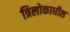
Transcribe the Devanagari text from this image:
त्रिलोकाधीश